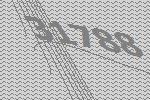
31788